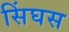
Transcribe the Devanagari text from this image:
सिंघस